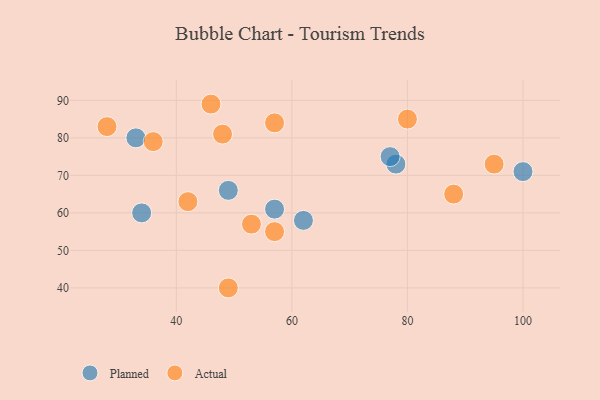
{"axis": {"x": "GDP", "y": "Life Expectancy"}, "legend": ["Actual", "Planned"], "data": [{"x": "49", "y": 66, "type": "Planned"}, {"x": "78", "y": 73, "type": "Planned"}, {"x": "62", "y": 58, "type": "Planned"}, {"x": "34", "y": 60, "type": "Planned"}, {"x": "100", "y": 71, "type": "Planned"}, {"x": "33", "y": 80, "type": "Planned"}, {"x": "77", "y": 75, "type": "Planned"}, {"x": "57", "y": 61, "type": "Planned"}, {"x": "49", "y": 40, "type": "Actual"}, {"x": "57", "y": 55, "type": "Actual"}, {"x": "46", "y": 89, "type": "Actual"}, {"x": "28", "y": 83, "type": "Actual"}, {"x": "36", "y": 79, "type": "Actual"}, {"x": "95", "y": 73, "type": "Actual"}, {"x": "88", "y": 65, "type": "Actual"}, {"x": "42", "y": 63, "type": "Actual"}, {"x": "80", "y": 85, "type": "Actual"}, {"x": "57", "y": 84, "type": "Actual"}, {"x": "53", "y": 57, "type": "Actual"}, {"x": "48", "y": 81, "type": "Actual"}]}